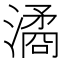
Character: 潏